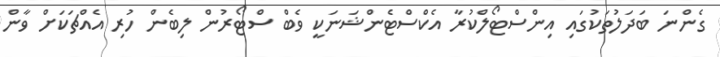
ގެންނަ ބަދަލުތަކުގައި އިންސްޓޯލްކުރާ އެކްސްޓެންޝަނަކީ ވެބް ސްޓޯރުން ލިބެން ހުރި އެއްޗަކަށް ވާން